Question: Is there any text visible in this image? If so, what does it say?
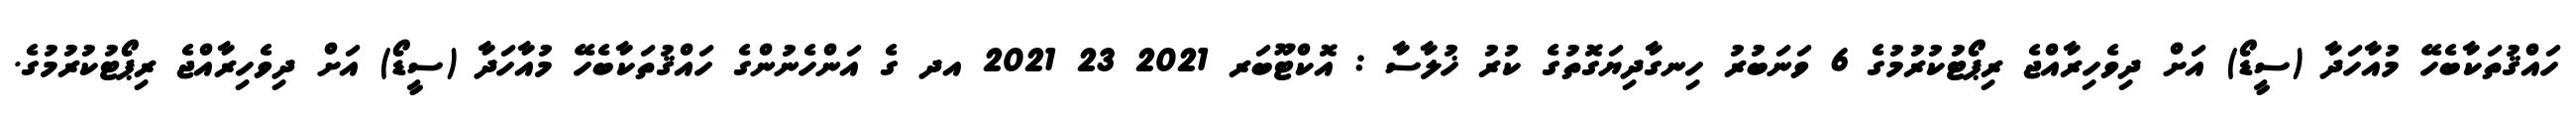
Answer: ހައްޤުތަކާބެހޭ މުއާހަދާ (ސީޑޯ) އަށް ދިވެހިރާއްޖެ ރިޕޯޓުކުރުމުގެ 6 ވަނަބުރު ހިނގާދިޔަގޮތުގެ ކުރު ޚުލާސާ : އޮކްޓޫބަރ 2021 23 2021 އދ ގެ އަންހެނުންގެ ހައްޤުތަކާބެހޭ މުއާހަދާ (ސީޑޯ) އަށް ދިވެހިރާއްޖެ ރިޕޯޓުކުރުމުގެ.